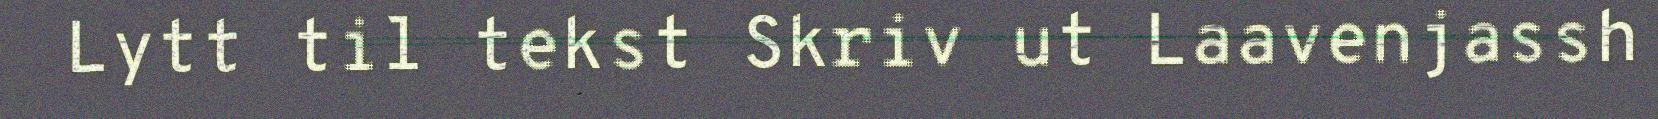
Lytt til tekst Skriv ut Laavenjassh